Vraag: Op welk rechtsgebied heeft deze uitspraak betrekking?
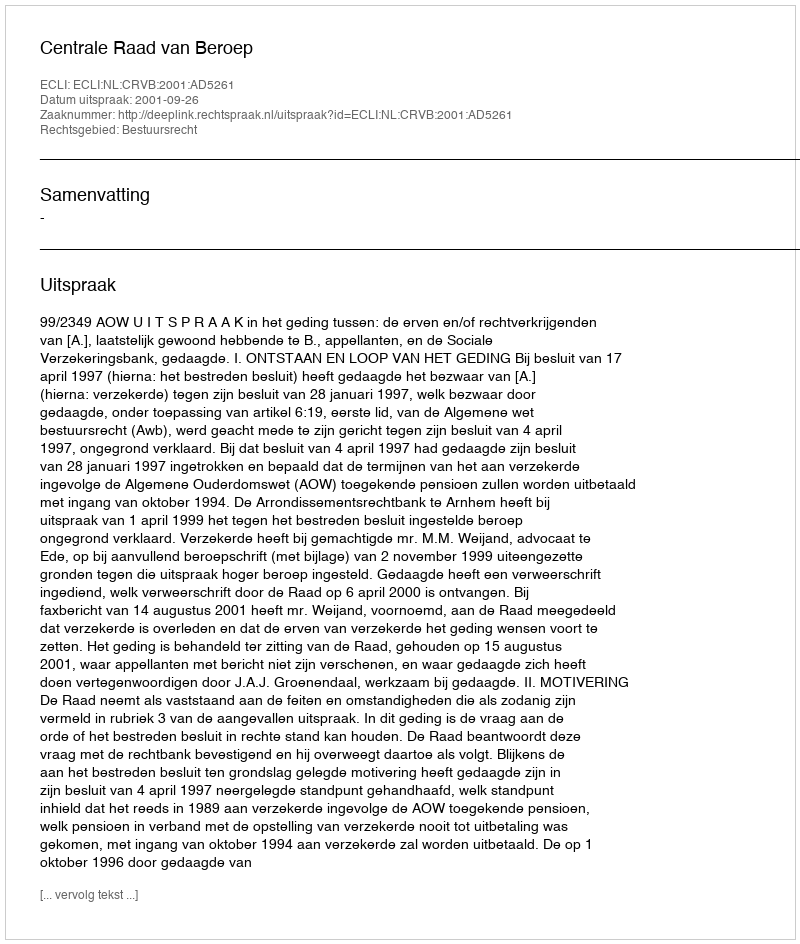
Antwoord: Bestuursrecht